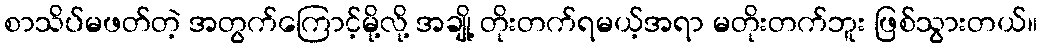
စာသိပ်မဖတ်တဲ့ အတွက်ကြောင့်မို့လို့ အချို့ တိုးတက်ရမယ့်အရာ မတိုးတက်ဘူး ဖြစ်သွားတယ်။